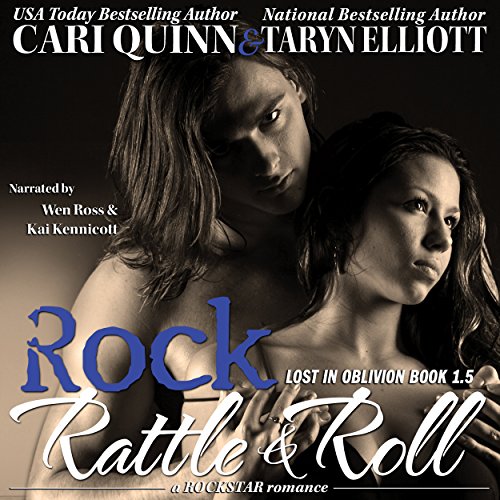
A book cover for Rock, Rattle and Roll: Lost in Oblivion, 1.5; Taryn Elliott; Romance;